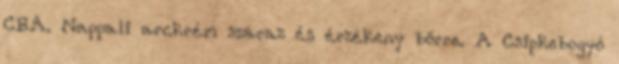
CBA. Nappali arckrém száraz és érzékeny bőrre. A Csipkebogyó